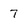
Character: 7